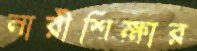
নারীশিক্ষার